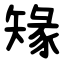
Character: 䂕